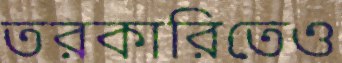
তরকারিতেও